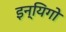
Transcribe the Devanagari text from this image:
इन्यिगो